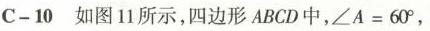
C-10如图11所示，四边形ABCD中，∠A=60°，